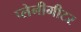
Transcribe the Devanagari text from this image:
प्लेनीमीटर